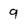
Character: 9